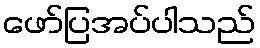
ဖော်ပြအပ်ပါသည်